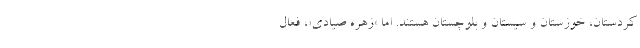
کردستان، خوزستان و سیستان و بلوچستان هستند. اما «زهره صیادی»، فعال